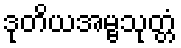
ဒုတိယအမ္ဗသုတ္တံ